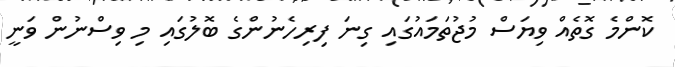
ކޮންމެ ގޮތެއް ވިޔަސް މުޖުތަމައުގައި ގިނަ ފިރިހެނުންގެ ބޮލުގައި މި ވިސްނުން ވަނީ